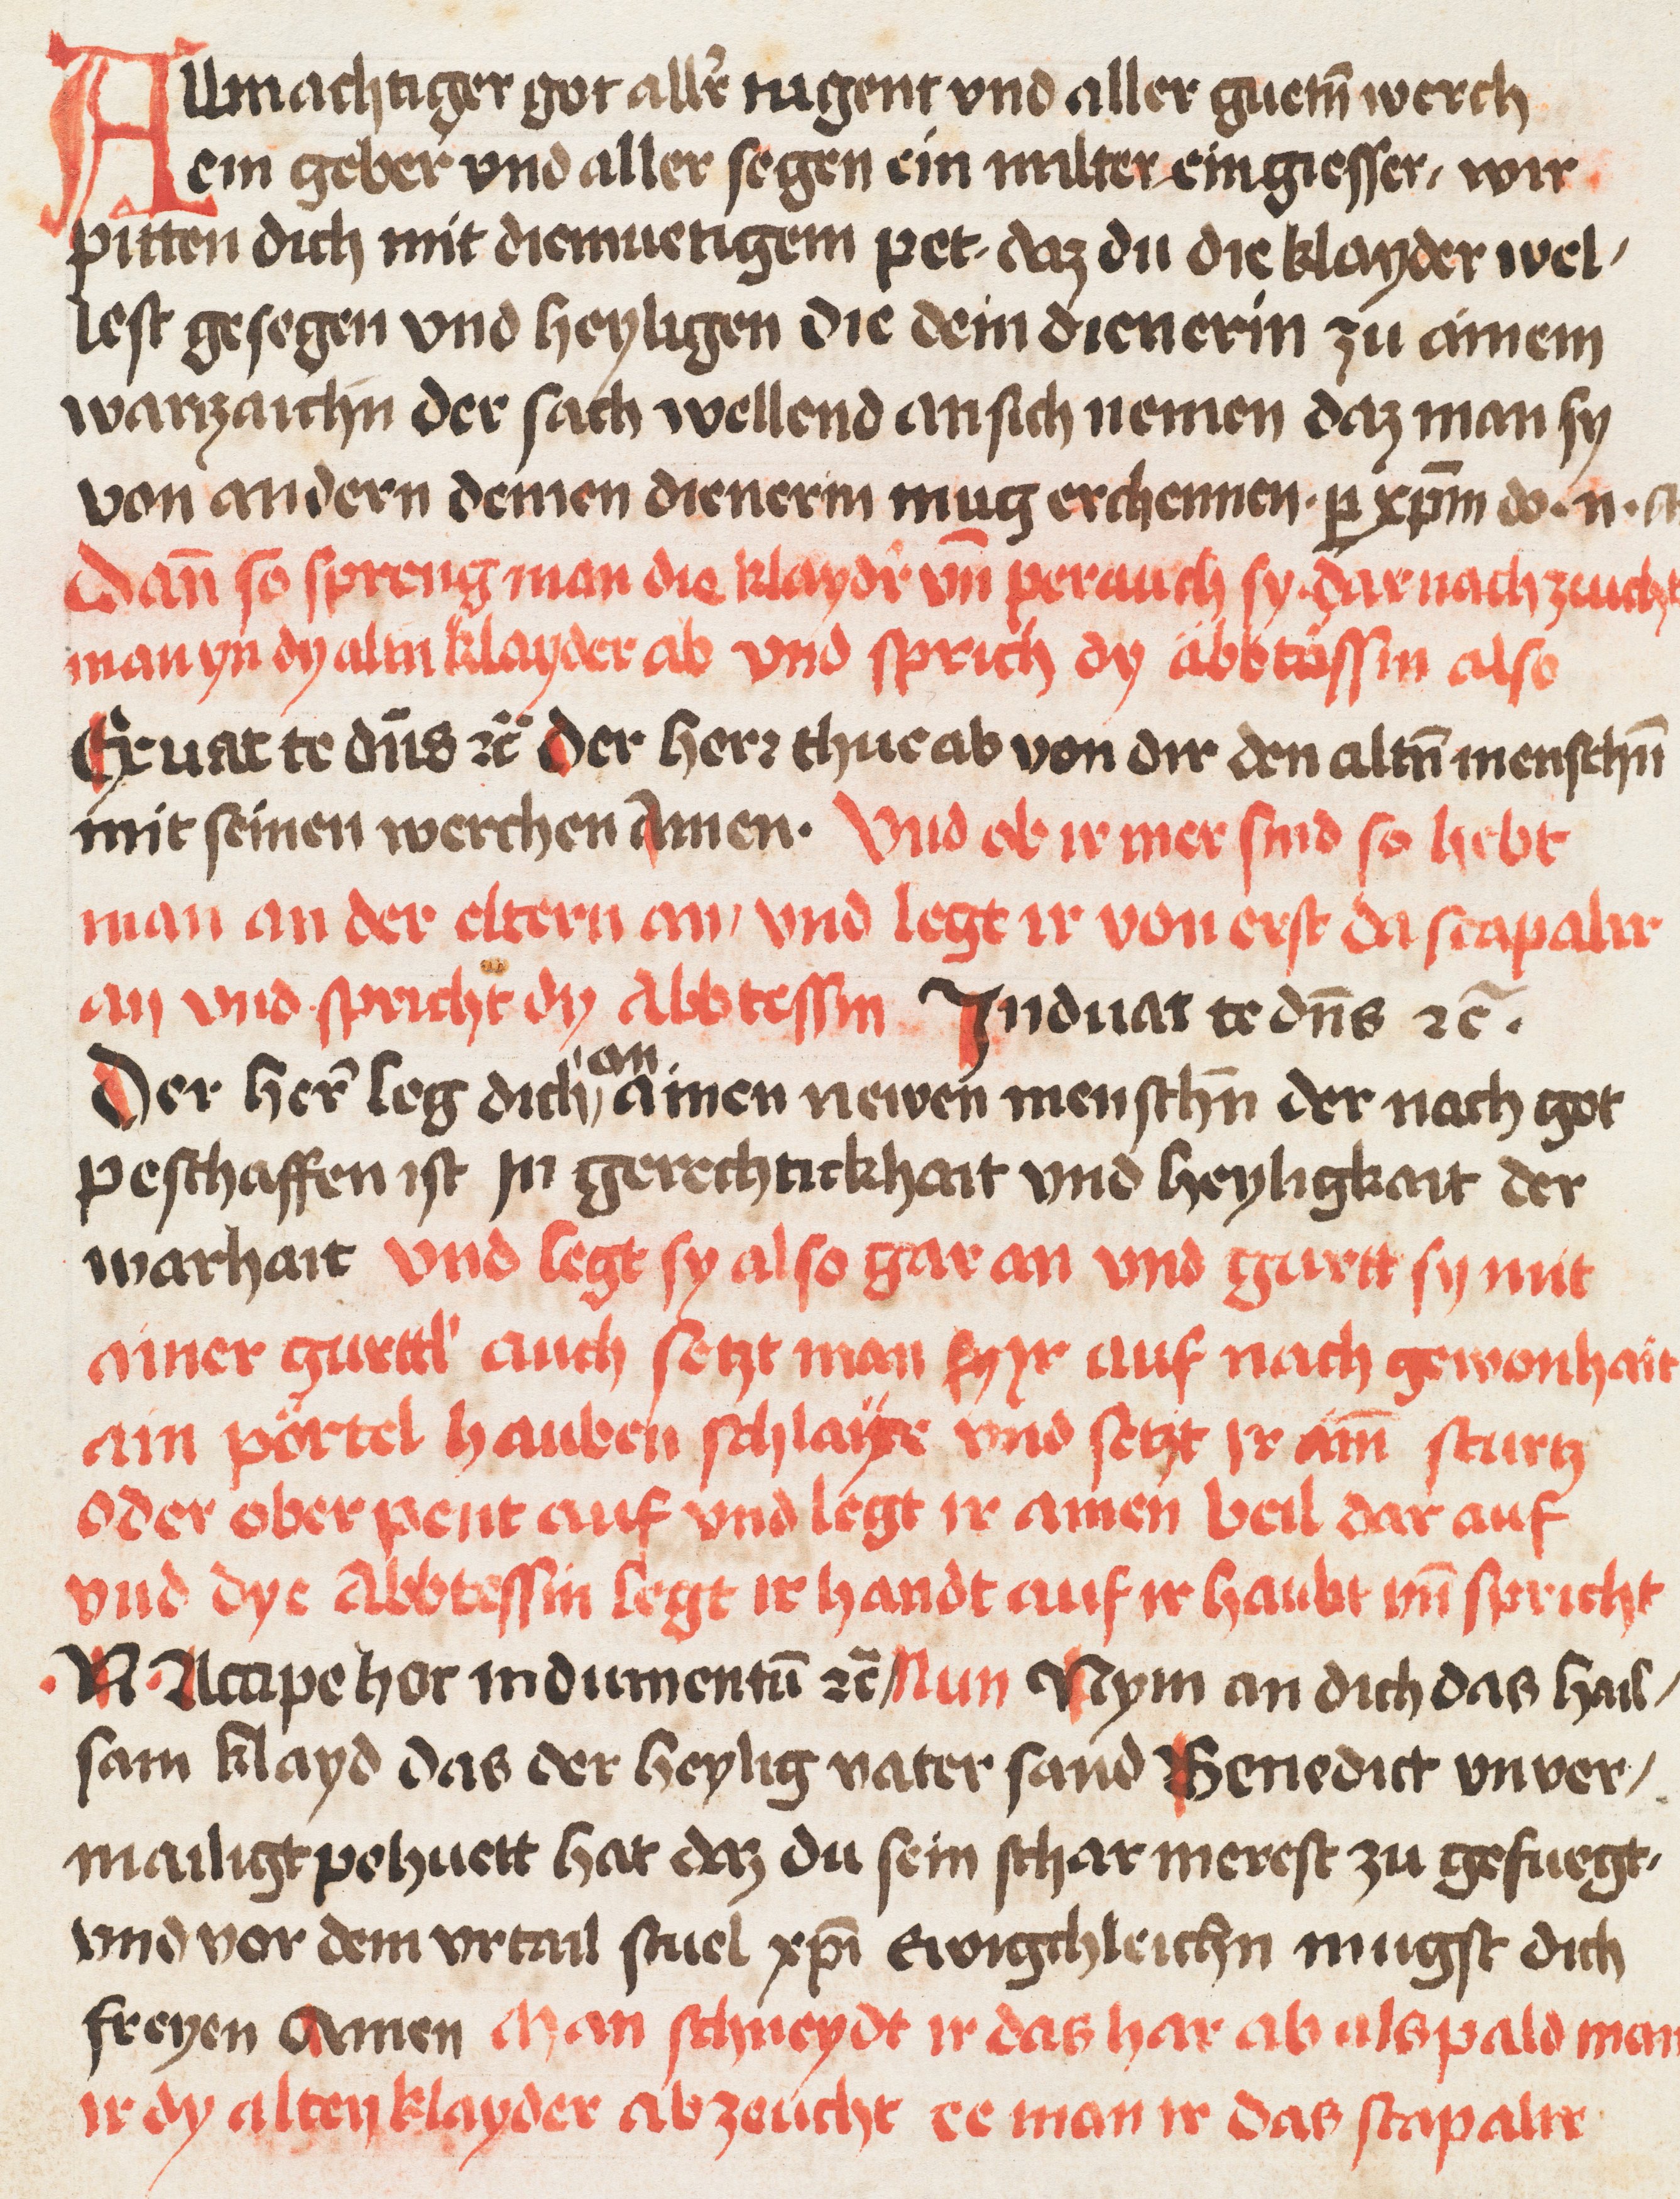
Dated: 1509–1533